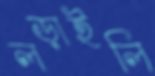
লড়াইলি